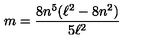
m = \frac { 8 n ^ { 5 } ( \ell ^ { 2 } - 8 n ^ { 2 } ) } { 5 \ell ^ { 2 } }